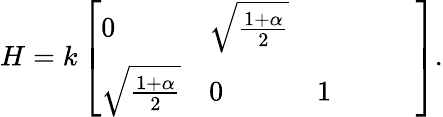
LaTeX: H=k\left[\begin{array}{llllll}{0}&{\sqrt{\frac{1+\alpha}{2}}}&{}&{}&{}&{}\\ {\sqrt{\frac{1+\alpha}{2}}}&{0}&{1}&{}&{}&{}\end{array}\right].